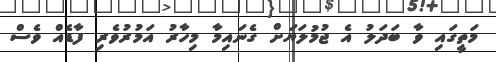
މަތީގައި ވާ ބަދަލު އެ ޖުމުލަޔަށް ގެނައިމާ މިހާރު އަމުރުވެރި ފާޑެއް ވެސް